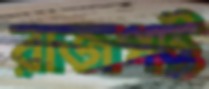
রাজপট্ট